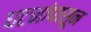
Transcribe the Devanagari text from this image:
घटनांपासून